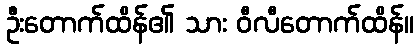
ဦးတောက်ထိန်၏ သား ဝီလီတောက်ထိန်။